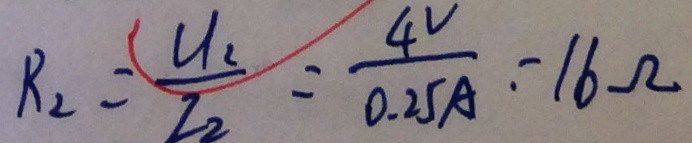
R _ { 2 } = \frac { U _ { 2 } } { I _ { 2 } } = \frac { 4 V } { 0 . 2 5 A } = 1 6 \Omega